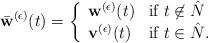
LaTeX: \begin{align*}{}\bar{\bf w}^{(\epsilon)}(t)=\left\{\begin{array}{ll}{\bf w}^{(\epsilon)}(t) & \mbox{if $t\not\in\hat{N}$}\\{\bf v}^{(\epsilon)}(t) & \mbox{if $t\in\hat{N}$}.\end{array}\right .\end{align*}